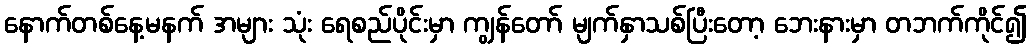
နောက်တစ်နေ့မနက် အများ သုံး ရေစည်ပိုင်းမှာ ကျွန်တော် မျက်နှာသစ်ပြီးတော့ ဘေးနားမှာ တဘက်ကိုင်၍